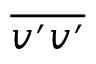
\overline { { v ^ { \prime } v ^ { \prime } } }